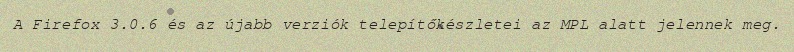
A Firefox 3.0.6 és az újabb verziók telepítőkészletei az MPL alatt jelennek meg.